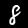
Digit: 8